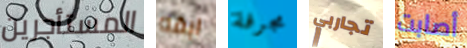
المستأجرين ابقه مجرفة تجاربي أصابت